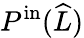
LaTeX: P^{\mathrm{in}}(\widehat{L})